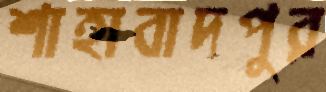
শাহাবাদপুর